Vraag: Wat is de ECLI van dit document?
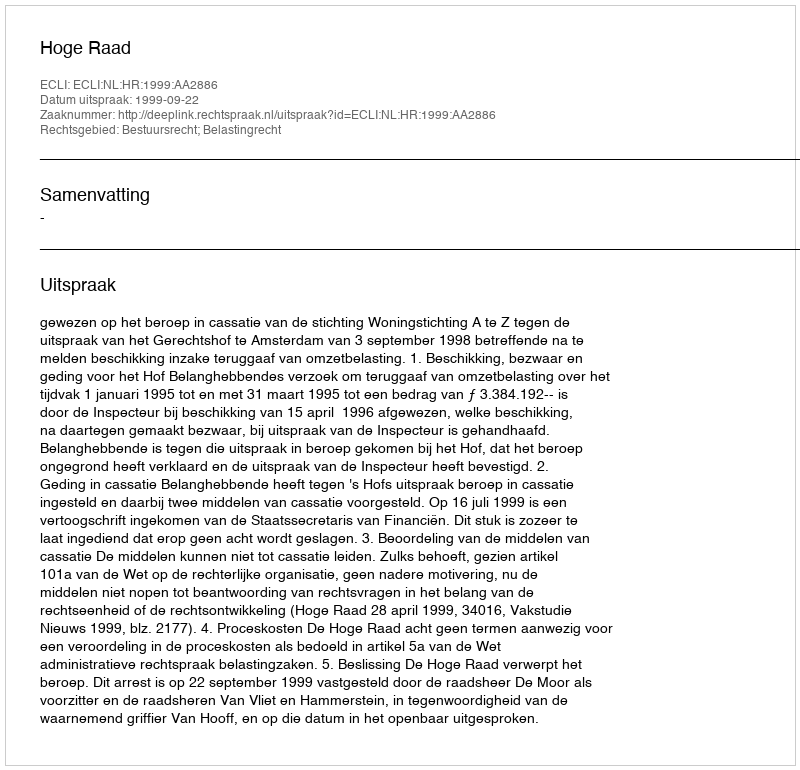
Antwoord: ECLI:NL:HR:1999:AA2886